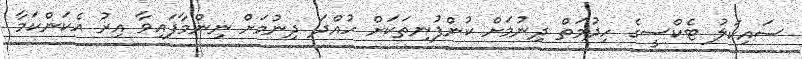
ސައިކަލު ޓެކްސީގެ ހިދުމަތް ދިނުމަށް ކުންފުނިތަކަށް ހުއްދަ ދިނުމަށް ނިންމާފައިވާ އިރު އެކަންކަމާ